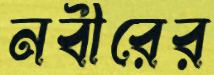
নবীরের